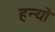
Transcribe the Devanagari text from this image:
हन्‍यो